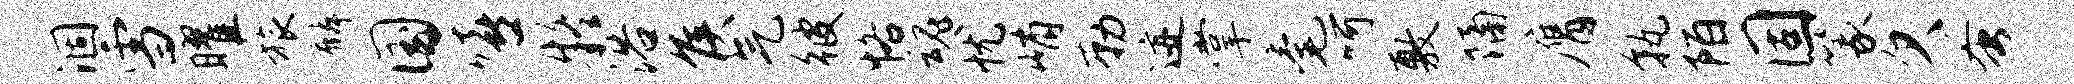
涸雪曜旅麟国嘻疑浴侯气彼恪魂忧峭勒迹掌毫呵敷隔膺孰陌固篆欠蚤